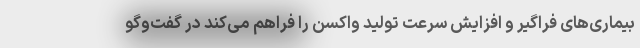
بیماری‌های فراگیر و افزایش سرعت تولید واکسن را فراهم می‌کند در گفت‌وگو